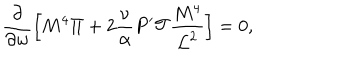
\frac { \partial } { \partial w } \Big [ M ^ { 4 } \Pi + 2 \frac { \nu } { \alpha } P ^ { \prime } { \cal T } \frac { M ^ { 4 } } { { \cal L } ^ { 2 } } \Big ] = 0 ,